Vaccination in Bombay 1869-1873 - 1869-1873
Year: 1869
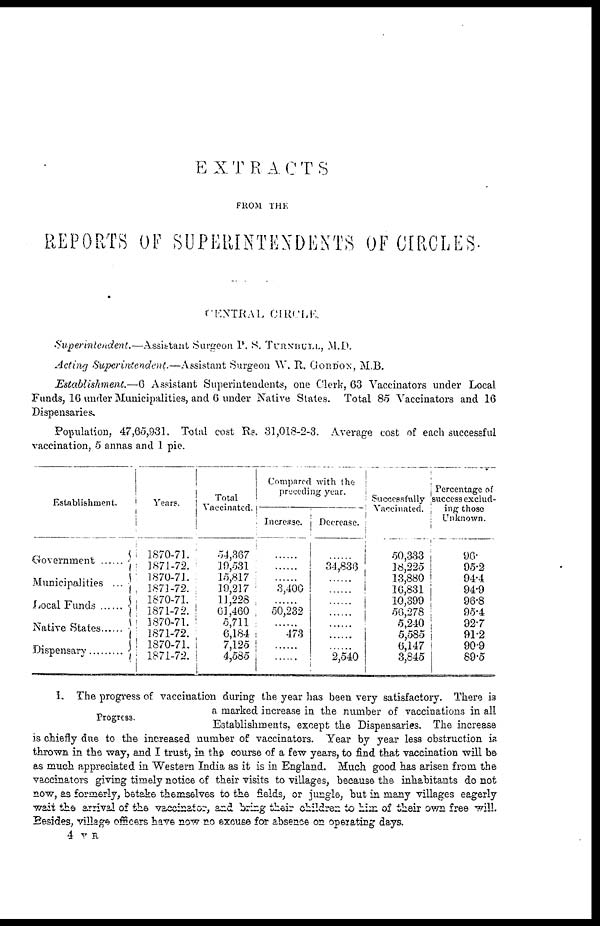
EXTRACTS
FROM THE
REPORTS OF SUPERINTENDENTS OF CIRCLES.
CENTRAL CIRCLE.
Superintendent.—Assistant Surgeon P. S. TURNBULL, M.D.
Acting Superintendent.—Assistant Surgeon W. R. GORDON, M.B.
Establishment.—6 Assistant Superintendents, one Clerk, 63 Vaccinators under Local
Funds, 16 under Municipalities, and 6 under Native States. Total 85 Vaccinators and 16
Dispensaries.
Population, 47,65,931. Total cost Rs. 31,018-2-3. Average cost of each successful
vaccination, 5 annas and 1 pie.
Establishment.
Government ......
Municipalities ...
Local Funds ......
Native States......
Dispensary..........
Years.
1870-71
1871-72.
1870-71.
1871-72.
1870-71.
1871-72.
1870-71.
1871-72.
1870-71.
1871-72.
Total
Vaccinated.
54,367
19,531
15,817
19,217
11,228
61,460
5,711
6,184
7,125
4,585
Compared with the
preceding year.
Increase.
......
......
......
3,400
......
50,232
......
473
......
......
Decrease.
......
34,836
......
......
......
......
......
......
......
2,540
Successfully
Vaccinated.
50 333
18,225
13,880
16,831
10,399
56,278
5,240
5,585
6,147
3,845
Percentage of
success exclud-
ing those
Unknown.
96.
95.2
94.4
94.9
96.8
95.4
92.7
91.2
90.9
89.5
Progress.
1. The progress of vaccination during the year has been very satisfactory. There is
a marked increase in the number of vaccinations in all
Establishments, except the Dispensaries. The increase
is chiefly due to the increased number of vaccinators. Year by year less obstruction is
thrown in the way, and I trust, in the course of a few years, to find that vaccination will be
as much appreciated in Western India as it is in England. Much good has arisen from the
vaccinators giving timely notice of their visits to villages, because the inhabitants do not
now, as formerly, betake themselves to the fields, or jungle, but in many villages eagerly
wait the arrival of the vaccinator, and bring their children to him of their own free will.
Besides, village officers have now no excuse for absence on operating days.
4 V R